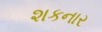
શકનાર